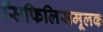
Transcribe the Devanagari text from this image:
सिफिलिसमूलक